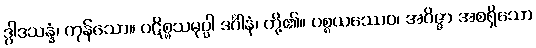
ဒွါဒသန္နံ၊ ကုန်သော။ ပဋိစ္စသမုပ္ပါ ဒင်္ဂါနံ၊ တို့၏။ ပစ္စယဿေဝ၊ အဝိဇ္ဇာ အစရှိသော